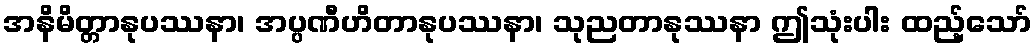
အနိမိတ္တာနုပဿနာ၊ အပ္ပဏီဟိတာနုပဿနာ၊ သုညတာနုဿနာ ဤသုံးပါး ထည့်သော်